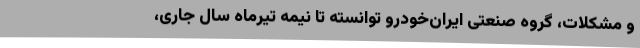
و مشکلات، گروه صنعتی ایران‌خودرو توانسته تا نیمه تیرماه سال جاری،